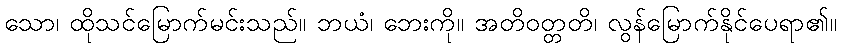
သော၊ ထိုသင်မြောက်မင်းသည်။ ဘယံ၊ ဘေးကို။ အတိဝတ္တတိ၊ လွန်မြောက်နိုင်ပေရာ၏။